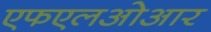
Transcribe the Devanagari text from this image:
एफएलओआर